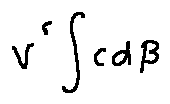
v ^ { r } \int c d \beta